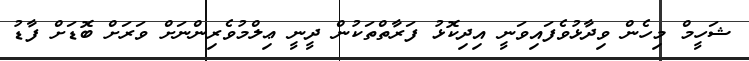
ޝަހީމް މިހެން ވިދާޅުވެފައިވަނީ އިދިކޮޅު ފަރާތްތަކުން ދީނީ ޢިލްމުވެރިންނަށް ވަރަށް ބޮޑަށް ފާޑު